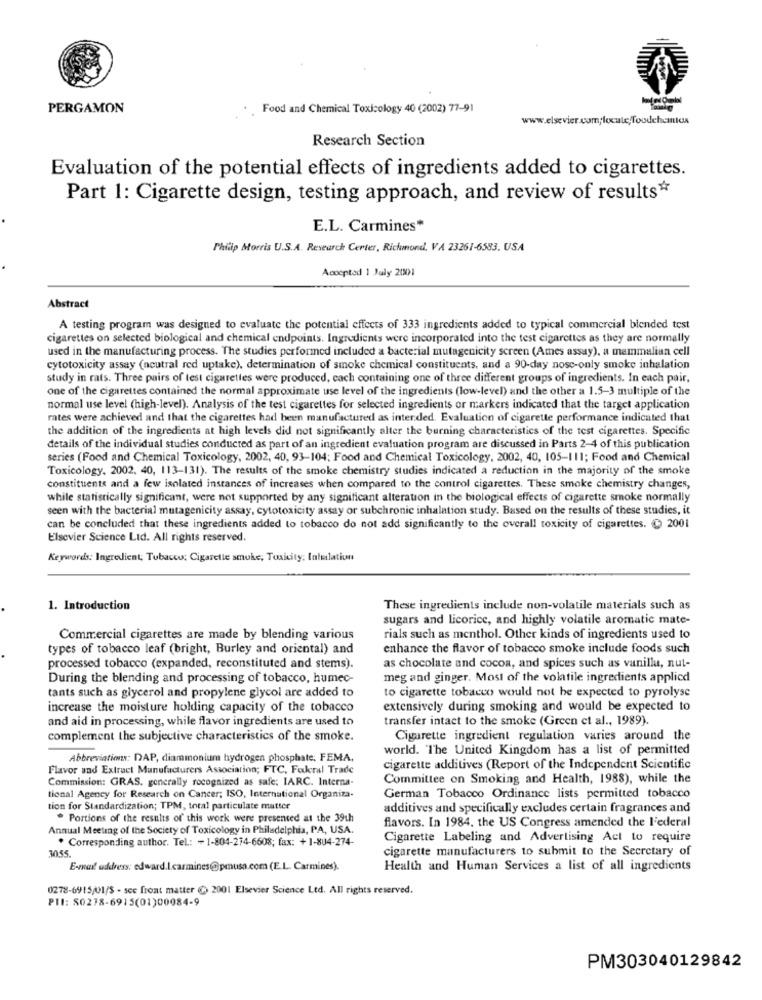
PERGAMON
Food and Chemical Toxicology 40 (2002) 77-91
www.elsevier.com;locute,Toudehcintos
Research Section
Evaluation of the potential effects of ingredients added to cigarettes.
Part 1: Cigarette design, testing approach, and review of results*
E.L. Carmines*
Philip Morris U.S.A. Research Center, Richmond, VA 23261-6583, USA
Accepted 1 July 2001
Abstract
A testing program was designed to evaluate the potential effects of 333 ingredients added to typical commercial blended test
cigarettes on selected biological and chemical endpoints. Ingredients were incorporated into the test cigarettes as they are normally
used in the manufacturing process. The studies performed included a bacterial mutagenicity screen (Ames assay), a mammalian cell
cytotoxicity assay (neutral red uptake), determination of smoke chemical constituents, and a 90-day nosc-only smoke inhalation
study in rats. Three pairs of test cigarettes were produced, cach containing one of three different groups of ingredients. In each pair,
one of the cigarettes contained the normal approximate use level of the ingredients (low-level) and the other a 1.5-3 multiple of the
normal use level (high-level). Analysis of the test cigarettes for selected ingredients or markers indicated that the target application
rates were achieved and that the cigarettes had been manufactured as inter.ded. Evaluation of cigarette performance indicated that
the addition of the ingredients at high levels did not significantly alter the burning characteristics of the test cigarettes. Specific
details of the individual studies conducted as part of an ingredient evaluation program are discussed in Parts 2-4 of this publication
series (Food and Chemical Toxicology, 2002, 40, 93-104; Food and Chemical Toxicology, 2002, 40, 105-111; Food and Chemical
Toxicology, 2002. 40, 113-131). The results of the smoke chemistry studies indicated a reduction in the majority of the smoke
constituents and a few isolated instances of increases when compared to the control cigarettes. These smoke chemistry changes,
while statistically significant, were not supported by any significant alteration in the biological effects of cigarette smoke normally
seen with the bacterial mutagenicity assay, cytotoxicity assay or subchronic inhalation study. Based on the results of these studies, it
can be concluded that these ingredients added to tobacco do not add significantly to the overall toxicity of cigarettes. @ 2001
Elsevier Science Ltd. All rights reserved.
Keywords: Ingredient; Tobacco: Cigarette smoke, Toxicity: Intelation
1. Introduction
These ingredients include non-volatile materials such as
sugars and licorice, and highly volatile aromatic mate-
Commercial cigarettes are made by blending various
rials such as menthol. Other kinds of ingredients used to
types of tobacco leaf (bright, Burley and oriental) and
enhance the flavor of tobacco smoke include foods such
processed tobacco (expanded, reconstituted and stems).
as chocolate and cocoa, and spices such as vanilla, nut-
During the blending and processing of tobacco, humec-
meg and ginger. Most of the volatile ingredients applied
tants such as glycerol and propylene glycol are added to
to cigarette tobacco would not be expected to pyrolyse
increase the moisture holding capacity of the tobacco
extensively during smoking and would be expected to
and aid in processing, while flavor ingredients are used to
transfer intact to the smoke (Green et al ., 1989).
complement the subjective characteristics of the smoke.
Cigarette ingredient regulation varies around the
world. "The United Kingdom has a list of permitted
Abbreviations: DAP, diammonium hydrogen phosphate: FEMA,
Flavor and Extract Manufacturers Association; FTC, Federal Trade
cigarette additives (Report of the Independent Scientific
Commission: GRAS. generally recognized as safe: IARC. Interna-
Committee on Smoking and Health, 1988), while the
tional Agency for Research on Cancer; ISO, International Organiza-
German Tobacco Ordinance lists permitted tobacco
tion for Standardization; TPM, total particulate matter
additives and specifically excludes certain fragrances and
* Portions of the results of this work were presented at the 39th
flavors. In 1984. the US Congress amended the Federal
Annual Meeting of the Society of Toxicology in Philadelphia, PA, USA.
. Corresponding author. Tel: - 1-804-274-6608; fax: +1-804-274-
Cigarette Labeling and Advertising Acl to require
3055.
cigarette manufacturers to submit to the Secretary of
E-mail address: edward.I.carmines@pmusa.com (E.L. Carmines).
Health and Human Services a list of all ingredients
0278-6915/01/S - see front matter C) 2001 Elsevier Science Ltd. All rights reserved.
PII: 50278-6915(01)00084-9
PM303040129842